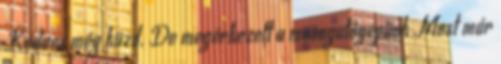
Kedves még küzd. De megérkezett a mosogatógépünk Most már